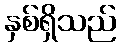
နှစ်ရှိသည်